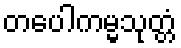
တပေါကမ္မသုတ္တံ